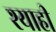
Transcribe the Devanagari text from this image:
श्याही